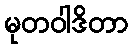
မုတဝါဒိတာ